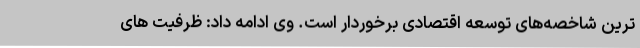
ترین شاخصه‌های توسعه اقتصادی برخوردار است. وی ادامه داد: ظرفیت های